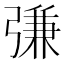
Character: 𢐎